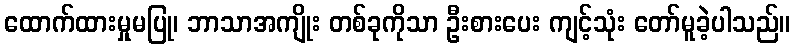
ထောက်ထားမှုမပြု၊ ဘာသာအကျိုး တစ်ခုကိုသာ ဦးစားပေး ကျင့်သုံး တော်မူခဲ့ပါသည်။